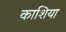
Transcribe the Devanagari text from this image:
काशिया